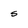
Character: s